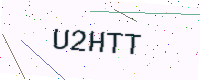
Text: U2HTT